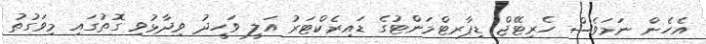
އެހެން ނަމަވެސް ހެރިޓޭޖް ޑިޕާރޓްމަންޓުގެ ޑައިރެކްޓަރު އަލީ ވަހީދު ވިދާޅުވި ގޮތުގައި މިވަގުތު